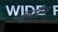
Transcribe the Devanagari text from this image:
कृसेन